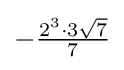
-{\tfrac {2^{3}\cdot 3{\sqrt {7}}}{7}}